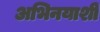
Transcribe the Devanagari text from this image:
अभिनयाशी